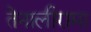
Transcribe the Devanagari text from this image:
तेनालीरामा